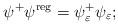
LaTeX: \begin{align*}\psi ^{+}\psi ^{{\rm reg}}=\psi _\varepsilon ^{+}\psi _\varepsilon ;\end{align*}